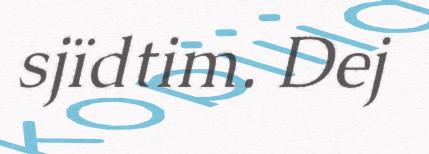
sjïdtim. Dej